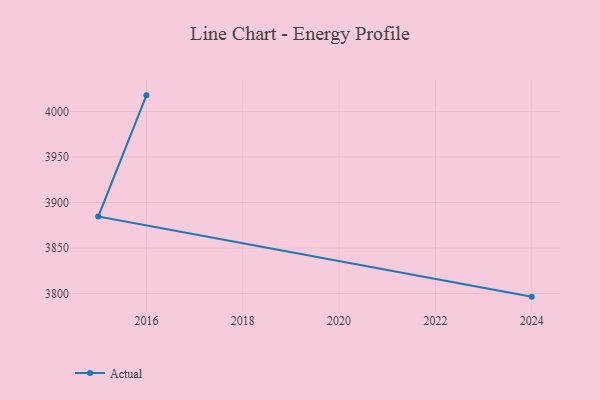
{"axis": {"x": "Year", "y": "Budget (USD K)"}, "legend": ["Actual"], "data": [{"x": "2016", "y": 4017.7, "type": "Actual"}, {"x": "2015", "y": 3884.5, "type": "Actual"}, {"x": "2024", "y": 3796.5, "type": "Actual"}]}